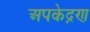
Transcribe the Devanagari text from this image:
अपकेद्रण